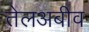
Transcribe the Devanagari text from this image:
तेलअबीव